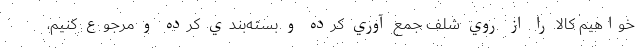
خواهيم كالا را از روي شلف جمع آوري کرده و بسته‌بندي کرده و مرجوع کنیم،